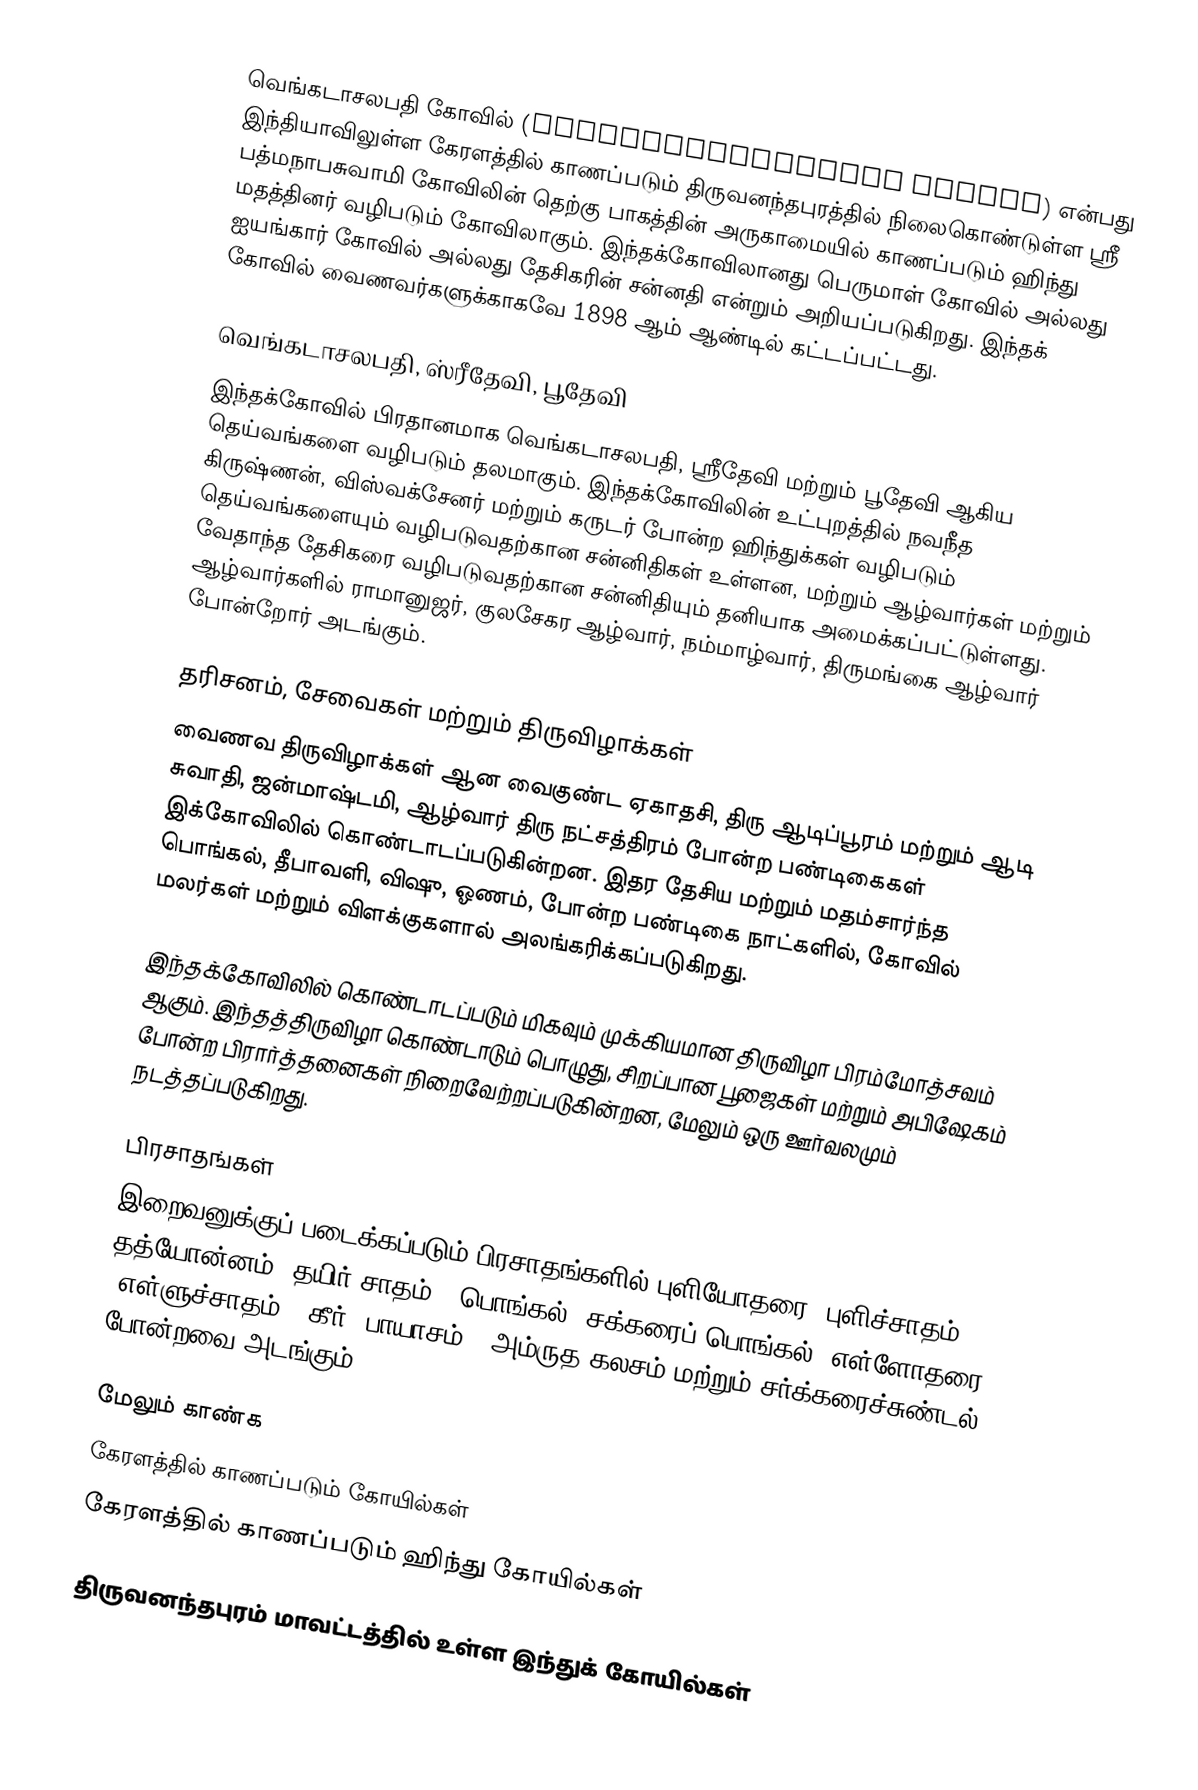
வெங்கடாசலபதி கோவில் (Venkatachalapathy Temple) என்பது இந்தியாவிலுள்ள கேரளத்தில் காணப்படும் திருவனந்தபுரத்தில் நிலைகொண்டுள்ள ஸ்ரீ பத்மநாபசுவாமி கோவிலின் தெற்கு பாகத்தின் அருகாமையில் காணப்படும் ஹிந்து மதத்தினர் வழிபடும் கோவிலாகும். இந்தக்கோவிலானது பெருமாள் கோவில் அல்லது ஐயங்கார் கோவில் அல்லது தேசிகரின் சன்னதி என்றும் அறியப்படுகிறது. இந்தக் கோவில் வைணவர்களுக்காகவே 1898 ஆம் ஆண்டில் கட்டப்பட்டது.

வெங்கடாசலபதி, ஸ்ரீதேவி, பூதேவி
இந்தக்கோவில் பிரதானமாக வெங்கடாசலபதி, ஸ்ரீதேவி மற்றும் பூதேவி ஆகிய தெய்வங்களை வழிபடும் தலமாகும். இந்தக்கோவிலின் உட்புறத்தில் நவநீத கிருஷ்ணன், விஸ்வக்சேனர் மற்றும் கருடர் போன்ற ஹிந்துக்கள் வழிபடும் தெய்வங்களையும் வழிபடுவதற்கான சன்னிதிகள் உள்ளன, மற்றும் ஆழ்வார்கள் மற்றும் வேதாந்த தேசிகரை வழிபடுவதற்கான சன்னிதியும் தனியாக அமைக்கப்பட்டுள்ளது. ஆழ்வார்களில் ராமானுஜர், குலசேகர ஆழ்வார், நம்மாழ்வார், திருமங்கை ஆழ்வார் போன்றோர் அடங்கும்.

தரிசனம், சேவைகள் மற்றும் திருவிழாக்கள்
வைணவ திருவிழாக்கள் ஆன வைகுண்ட ஏகாதசி, திரு ஆடிப்பூரம் மற்றும் ஆடி சுவாதி, ஜன்மாஷ்டமி, ஆழ்வார் திரு நட்சத்திரம் போன்ற பண்டிகைகள் இக்கோவிலில் கொண்டாடப்படுகின்றன. இதர தேசிய மற்றும் மதம்சார்ந்த பொங்கல், தீபாவளி, விஷு, ஓணம், போன்ற பண்டிகை நாட்களில், கோவில் மலர்கள் மற்றும் விளக்குகளால் அலங்கரிக்கப்படுகிறது.

இந்தக்கோவிலில் கொண்டாடப்படும் மிகவும் முக்கியமான திருவிழா பிரம்மோத்சவம் ஆகும். இந்தத்திருவிழா கொண்டாடும் பொழுது, சிறப்பான பூஜைகள் மற்றும் அபிஷேகம் போன்ற பிரார்த்தனைகள் நிறைவேற்றப்படுகின்றன, மேலும் ஒரு ஊர்வலமும் நடத்தப்படுகிறது.

பிரசாதங்கள்
இறைவனுக்குப் படைக்கப்படும் பிரசாதங்களில் புளியோதரை (புளிச்சாதம்), தத்யோன்னம் (தயிர் சாதம்), பொங்கல், சக்கரைப் பொங்கல், எள்ளோதரை (எள்ளுச்சாதம்), கீர் (பாயாசம்), அம்ருத கலசம் மற்றும் சர்க்கரைச்சுண்டல் போன்றவை அடங்கும்.

மேலும் காண்க
 கேரளத்தில் காணப்படும் கோயில்கள்
 கேரளத்தில் காணப்படும் ஹிந்து கோயில்கள்

திருவனந்தபுரம் மாவட்டத்தில் உள்ள இந்துக் கோயில்கள்